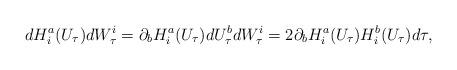
LaTeX: \begin{align*}dH_{i}^a(U_\tau)dW_\tau^i=\partial_bH_{i}^a(U_\tau)dU_\tau^bdW_\tau^i=2\partial_bH_{i}^a(U_\tau)H_i^b(U_\tau)d\tau,\end{align*}